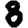
Digit: 8